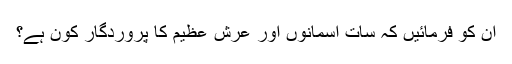
ان کو فرمائیں کہ سات آسمانوں اور عرشِ عظیم کا پروردگار کون ہے؟